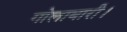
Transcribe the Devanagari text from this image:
गोलाबारी।